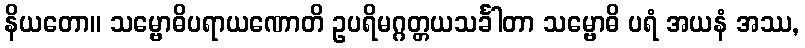
နိယတော။ သမ္ဗောဓိပရာယဏောတိ ဥပရိမဂ္ဂတ္တယသင်္ခါတာ သမ္ဗောဓိ ပရံ အယနံ အဿ,